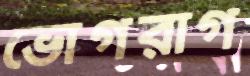
ভোগরাগ